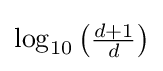
{\textstyle \log _{10}\left({\frac {d+1}{d}}\right)}